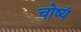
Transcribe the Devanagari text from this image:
चोष्यं